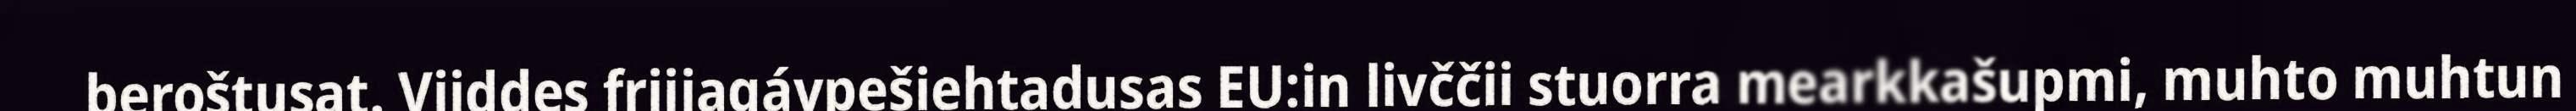
beroštusat. Viiddes friijagávpešiehtadusas EU:in livččii stuorra mearkkašupmi, muhto muhtun